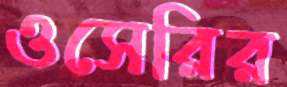
ওসেরির